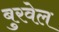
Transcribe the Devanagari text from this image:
बुरवेल